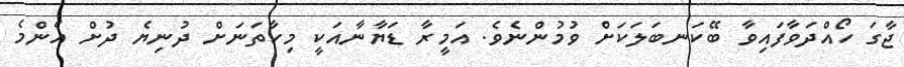
ޖާގަ ހޯއްދަވާފައިވާ ބޭކަނބަލަކަށް ވުމުންނެވެ. އަމީރާ ޑަޔާނާއަކީ މިހާތަނަށް ދުނިޔެ ދުށް އެންމެ